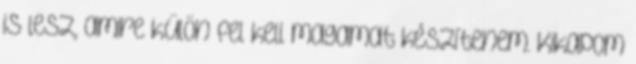
is lesz, amire külön fel kell magamat készítenem. Kikapom